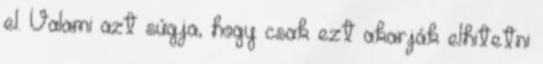
el. Valami azt súgja, hogy csak ezt akarják elhitetni